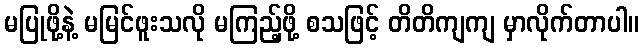
မပြုဖို့နဲ့ မမြင်ဖူးသလို မကြည့်ဖို့ စသဖြင့် တိတိကျကျ မှာလိုက်တာပါ။